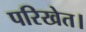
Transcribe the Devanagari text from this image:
परिखेत।